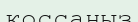
қоссаңыз